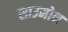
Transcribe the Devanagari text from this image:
साउमोन